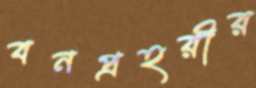
বনপ্রহরীর